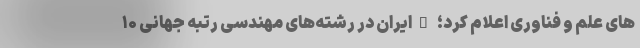
های علم و فناوری اعلام کرد؛ "ایران در رشته‌های مهندسی رتبه جهانی ۱۰